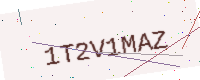
Text: 1T2V1MAZ